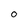
Character: O